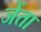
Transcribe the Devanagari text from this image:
जेंता